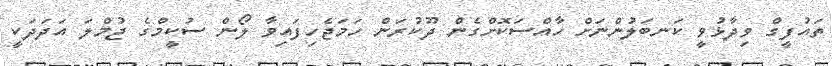
ތައުފީގް ވިދާޅުވީ ކަނބަލުންނަށް ހާއްސަކޮށްގެން ދޫކުރަން ހަމަޖެހިފައިވާ ލޯން ސުކީމްގެ ޖުމްލަ އަދަދަކީ